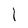
Character: l